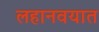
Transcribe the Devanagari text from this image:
लहानवयात